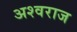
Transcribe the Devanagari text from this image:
अश्वराज